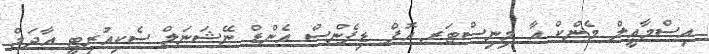
އިސްމާޢީލް މެންކް އާ މިނިސްޓަރ އޮފް ޑިފެންސް އެންޑް ނޭޝަނަލް ސެކިއުރިޓީ އާދަމް